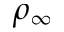
\rho _ { \infty }